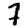
Digit: 7